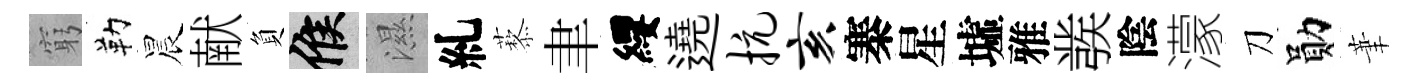
窮勒晨献負候濕糺藜聿纓遶抗亥寨星墟雅彂陰濛刀勛茟